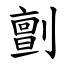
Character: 㔊